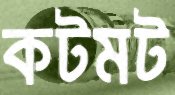
কটমট